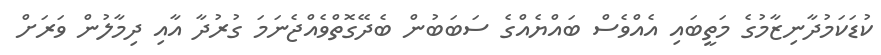
ކުޑަކަމުދާނިޒާމުގެ މަތީބައި އެއްވެސް ބައްޔެއްގެ ސަބަބުން ބެދޭގޮތްވެއްޖެނަމަ ގުރުދާ އާއި ދިމާލުން ވަރަށް